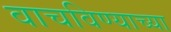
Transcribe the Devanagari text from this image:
वाचविण्याच्या